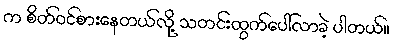
က စိတ်ဝင်စားနေတယ်လို့ သတင်းထွက်ပေါ်လာခဲ့ ပါတယ်။